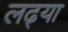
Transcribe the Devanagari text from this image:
लढ्या